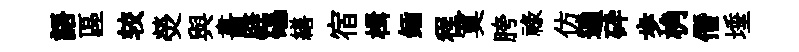
語區较熒與畵辟礧繕宿楫鍤程寞胯禄仿遍砕歩桷僭埵